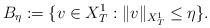
LaTeX: \begin{align*}B_{\eta} := \{ v \in X^1_T : \| v \|_{X^1_T} \le \eta \}.\end{align*}